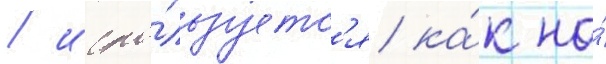
/ испо́льзуетс'я ка́к на́